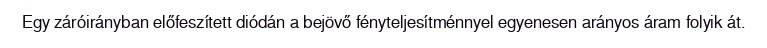
Egy záróirányban előfeszített diódán a bejövő fényteljesítménnyel egyenesen arányos áram folyik át.